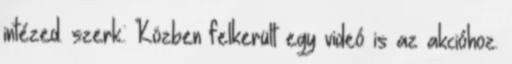
intézed. szerk.: Közben felkerült egy videó is az akcióhoz.